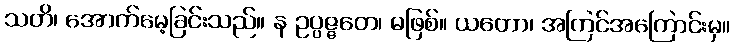
သတိ၊ အောက်မေ့ခြင်းသည်။ န ဥပ္ပဇ္ဇတေ၊ မဖြစ်။ ယတော၊ အကြင်အကြောင်းမှ။